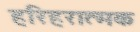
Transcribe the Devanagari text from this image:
हरिहरात्मक